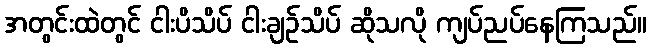
အတွင်းထဲတွင် ငါးပိသိပ် ငါးချဉ်သိပ် ဆိုသလို ကျပ်ညပ်နေကြသည်။